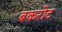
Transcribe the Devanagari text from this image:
बकरोट